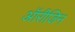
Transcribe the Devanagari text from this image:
ऑरीजिन